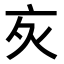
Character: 𬽆